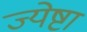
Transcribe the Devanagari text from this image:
ज्येष्टा